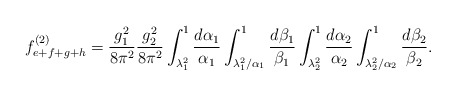
\begin{align*}f_{e+f+g+h}^{(2)} = \frac{g^2_1}{8 \pi^2}\frac{g^2_2}{8 \pi^2}\int_{\lambda_1^2}^1\frac{d\alpha_1}{\alpha_1} \int_{\lambda_1^2/\alpha_1}^1\frac{d\beta_1}{\beta_1}\int_{\lambda_2^2}^1\frac{d\alpha_2}{\alpha_2} \int_{\lambda_2^2/\alpha_2}^1\frac{d\beta_2}{\beta_2}.\end{align*}